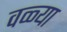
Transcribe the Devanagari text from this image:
वळ्या